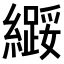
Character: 𫄌